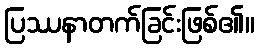
ပြဿနာတက်ခြင်းဖြစ်၏။